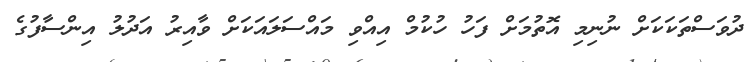
ދުވަސްތަކަކަށް ނުނިމި އޮތުމަށް ފަހު ހުކުމް އިއްވި މައްސަލައަކަށް ވާއިރު އަދުލު އިންސާފުގެ